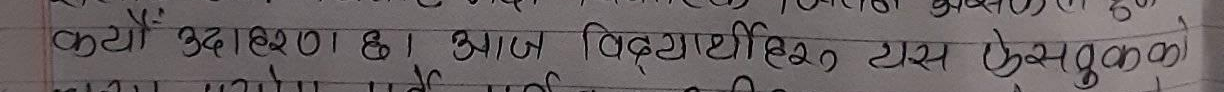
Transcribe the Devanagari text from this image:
कयौं उदाहरण का आज विद्यार्थी हरु, टास फेसबूक को